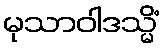
မုသာဝါဒသ္မိံ